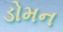
ડોમન